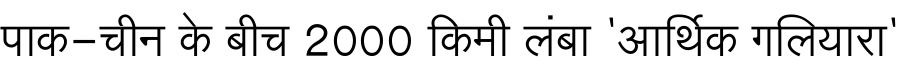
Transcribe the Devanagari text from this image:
पाक-चीन के बीच 2000 किमी लंबा 'आर्थिक गलियारा'